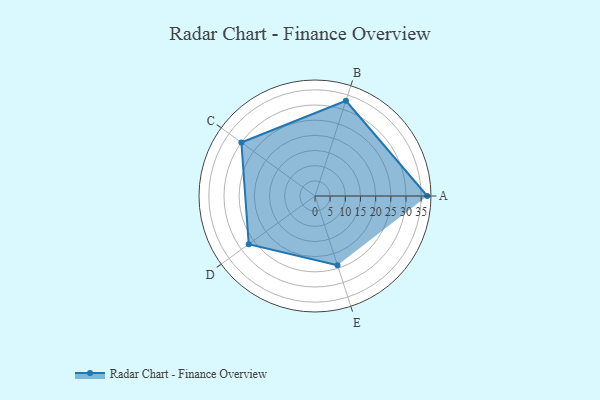
{"axis": {"x": "Skill", "y": "Score"}, "legend": ["Profile"], "data": [{"x": "A", "y": 37.0, "type": "Profile"}, {"x": "B", "y": 33.0, "type": "Profile"}, {"x": "C", "y": 30.0, "type": "Profile"}, {"x": "D", "y": 27.0, "type": "Profile"}, {"x": "E", "y": 24.0, "type": "Profile"}]}